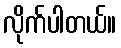
လိုက်ပါတယ်။